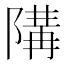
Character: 𱀪